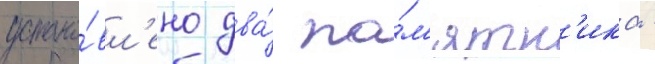
устано́вл'ено два́ па́м'ятн'ика -